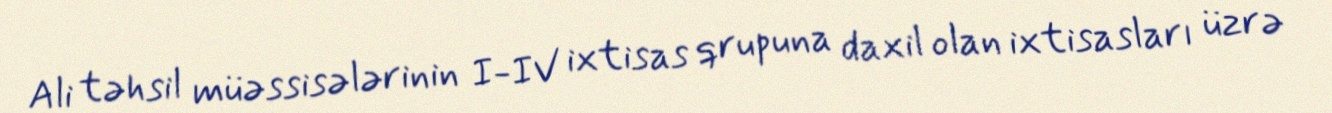
Ali təhsil müəssisələrinin I-IV ixtisas qrupuna daxil olan ixtisasları üzrə